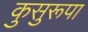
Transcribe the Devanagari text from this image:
कुसुरूपा